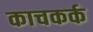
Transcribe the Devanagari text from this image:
काचकर्क